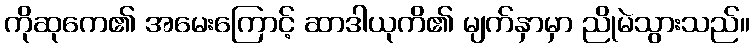
ကိုဆုကေ၏ အမေးကြောင့် ဆာဒါယုကိ၏ မျက်နှာမှာ ညိုမဲသွားသည်။